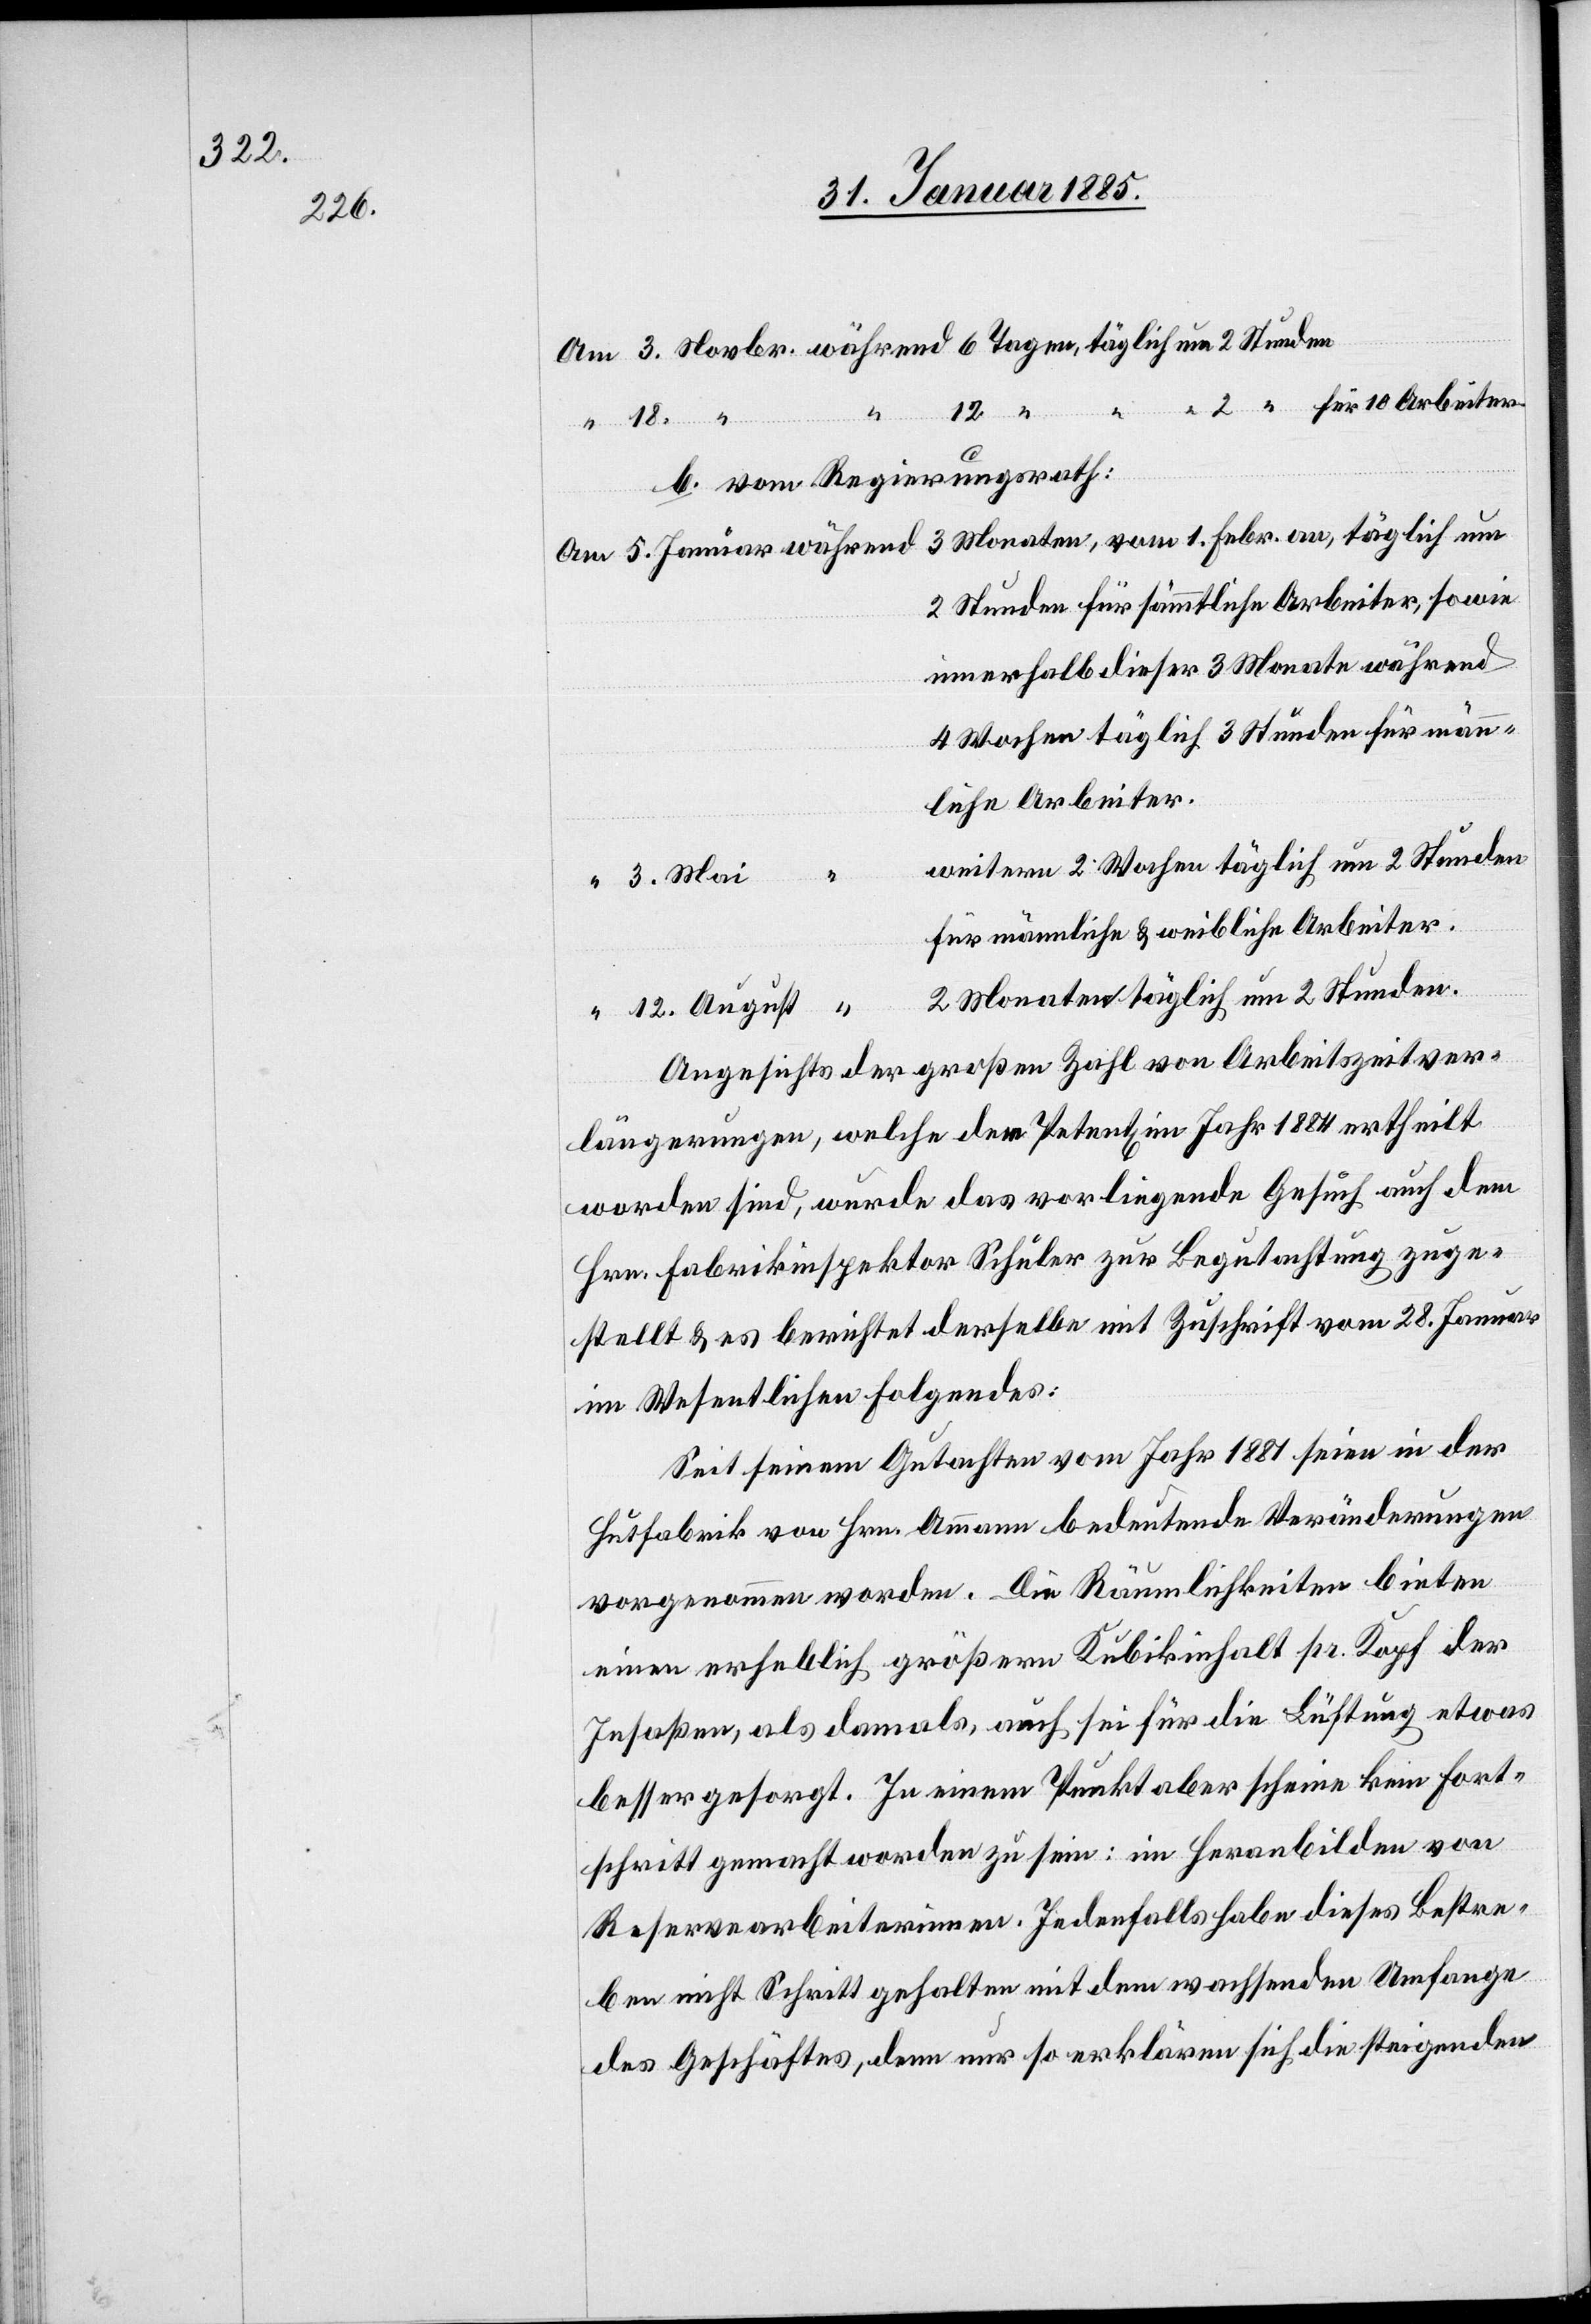
Novbr.

12 “ “ “ 2 “ für 10 Arbeiter.
12.
“
b. vom Regierungsrath:
3 Monaten, vom 1. Febr. an, täglich um
2 Stunden für sämmtliche Arbeiter, sowie
innerhalb dieser 3 Monate während
4 Wochen täglich 3 Stunden für männ¬
liche Arbeiter.
weitere 2 Wochen täglich um 2 Stunden
für männliche & weibliche Arbeiter.
2 Monaten täglich um 2 Stunden.
Angesichts der großen Zahl von Arbeitszeitver¬
längerungen, welche den Petent[en] im Jahr 1881 ertheilt
worden sind, wurde das vorliegende Gesuch auch dem
Hrn. Fabrikinspektor Schuler zur Begutachtung zuge¬
stellt & es berichtet derselbe mit Zuschrift vom 28. Januar
im Wesentlichen folgendes:
Seit seinem Gutachten vom Jahr 1881 seien in der
Hutfabrik von Hrn. Ammann bedeutende Veränderungen
vorgenommen worden. Die Räumlichkeiten bieten
einen erheblich größern Kubikinhalt pr. Kopf der
Insaßen, als damals, auch sei für die Lüftung etwas
besser gesorgt. In einem Punkt aber scheine kein Fort¬
schritt gemacht worden zu sein: im Heranbilden von
Reservearbeiterinnen. Jedenfalls habe dieses Bestre¬
ben nicht Schritt gehalten mit dem wachsenden Umfange
des Geschäftes, denn nur so erklären sich die steigenden